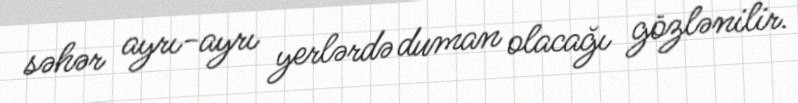
səhər ayrı-ayrı yerlərdə duman olacağı gözlənilir.